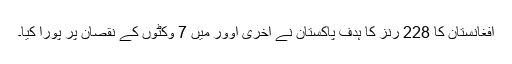
افغانستان کا 228 رنز کا ہدف پاکستان نے آخری اوور میں 7 وکٹوں کے نقصان پر پورا کیا۔